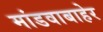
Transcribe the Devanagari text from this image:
मांडवाबाहेर